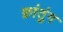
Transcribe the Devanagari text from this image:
क्वांतुंग